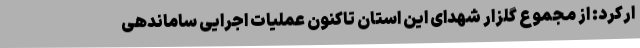
ارکرد: از مجموع گلزار شهدای این استان تاکنون عملیات اجرایی ساماندهی